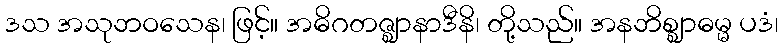
ဒသ အသုဘဝသေန၊ ဖြင့်။ အဓိဂတဇ္ဈာနာဒီနိ၊ တို့သည်။ အနဘိစ္ဈာဓမ္မ ပဒံ၊